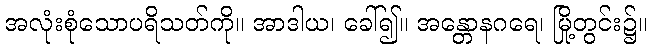
အလုံးစုံသောပရိသတ်ကို။ အာဒါယ၊ ခေါ်၍။ အန္တောနဂရေ၊ မြို့တွင်း၌။